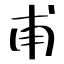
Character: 甫